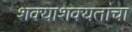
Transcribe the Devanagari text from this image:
शक्याशक्यतांचा